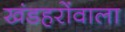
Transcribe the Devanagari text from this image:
खंडहरोंवाला